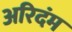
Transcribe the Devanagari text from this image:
अरिदंम